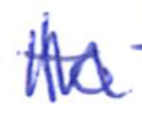
Text: to
Cross-out: zig-zag
Writing tool: ballpoint